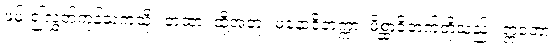
ဖမ်း၍လွှတ်ကုန်သကဲ့သို့။ တထာ၊ ထို့အတူ။ မနောဝိတက္ကာ၊ မိစ္ဆာဝိတက်တို့သည်။ ဣတော